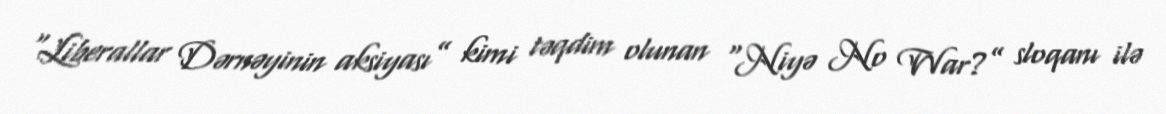
“Liberallar Dərnəyinin aksiyası” kimi təqdim olunan “Niyə No War?” sloqanı ilə